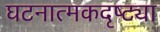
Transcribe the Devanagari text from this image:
घटनात्मकदृष्ट्या